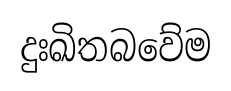
දුඃඛිතබවේම